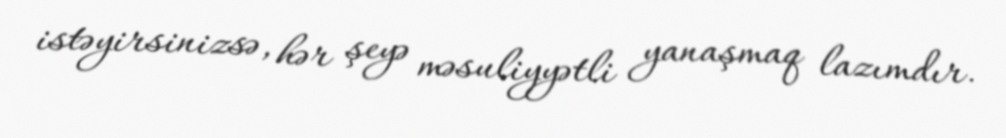
istəyirsinizsə, hər şeyə məsuliyyətli yanaşmaq lazımdır.